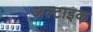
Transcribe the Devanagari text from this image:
अल्टाइक